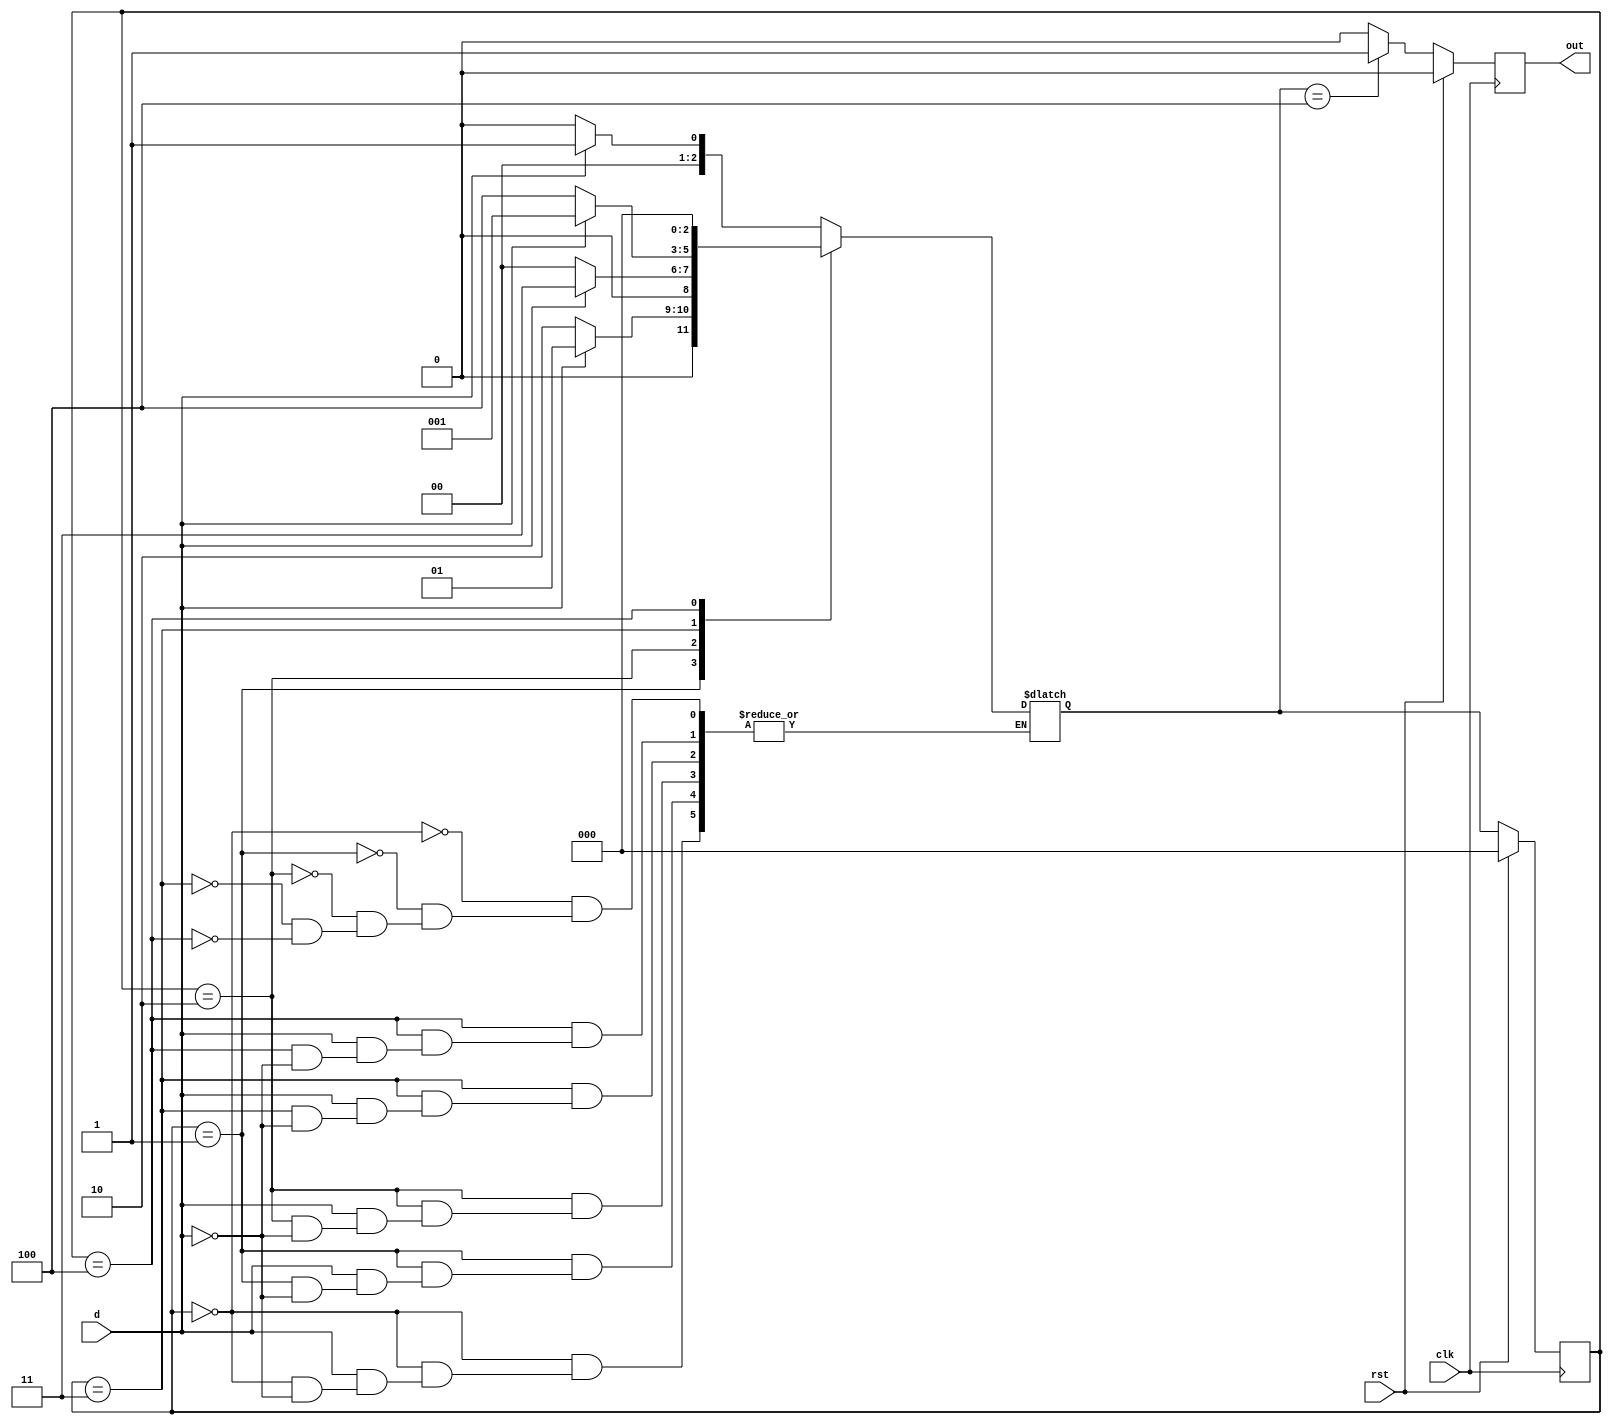
`timescale 1ns / 1ps
//////////////////////////////////////////////////////////////////////////////////
// Company: 
// Engineer: 
// 
// Design Name: 
// Module Name:    seq_detector_mealy 
// Project Name: 
// Target Devices: 
// Tool versions: 
// Description: 
//
// Dependencies: 
//
// Revision: 
// Revision 0.01 - File Created
// Additional Comments: 
//
//////////////////////////////////////////////////////////////////////////////////
module seq_detector_moore(
    input d,clk,rst,
    output reg out );
	 
	 reg[2:0] state,next_state;
	 parameter s0=0,s1=1,s2=2,s3=3,s4=4;
	 
	initial begin
		state=s0;
		next_state=s0;
		out=0;
	end
	 
	always@(state or d) begin
		case(state)
			s0: begin
				if(d)	next_state=s1;
				if(~d) next_state=s0;
			end
			s1: begin
				if(d)	next_state=s1;
				if(~d) next_state=s2;
			end
			s2: begin
				if(d)	next_state=s3;
				if(~d) next_state=s0;
			end
			s3: begin
				if(d)	next_state=s1;
				if(~d) next_state=s4; 
			end
			s4: begin
				if(d)	next_state=s0;
				if(~d) next_state=s0;
			end
		endcase
	end

	always @(posedge clk)
	begin
		if(rst) begin
			state=s0;
			out=0;
		end
		else begin
			state=next_state;
			if(state==s4) out=1;
			else out=0;
		end
	end
endmodule